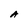
Character: A